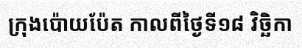
ក្រុងប៉ោយប៉ែត កាលពីថ្ងៃទី១៨ វិច្ឆិកា